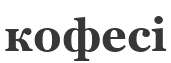
кофесі